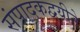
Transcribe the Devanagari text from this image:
संपादकद्वयीने